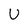
Character: U